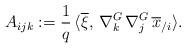
LaTeX: \begin{align*} A_{ijk}:= \frac{1}{q} \, \langle \overline{\xi},\,\nabla _{k}^{G}\,\nabla _{j}^{G}\,\overline{x}_{/i}\rangle. \end{align*}